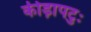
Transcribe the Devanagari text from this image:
कीड़ापटुः